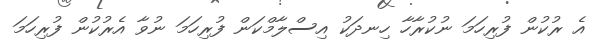
އެ ރުކުން ފުރިހަމަ ނުކުރާހާ ހިނދަކު އިސްލާމްކަން ފުރިހަމަ ނުވާ އެރުކުން ފުރިހަމަ